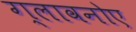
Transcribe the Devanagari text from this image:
ग्लावनोए